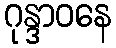
ဂုန္ဒာဝနေ